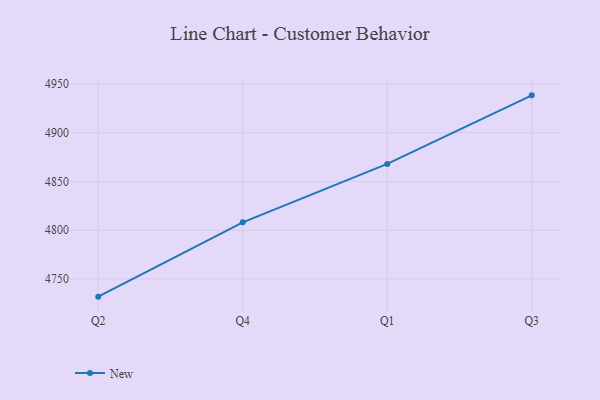
{"axis": {"x": "Quarter", "y": "Website Visitors"}, "legend": ["New"], "data": [{"x": "Q2", "y": 4731.9, "type": "New"}, {"x": "Q4", "y": 4808.1, "type": "New"}, {"x": "Q1", "y": 4868.0, "type": "New"}, {"x": "Q3", "y": 4938.3, "type": "New"}]}